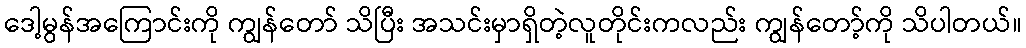
ဒေါ့မွန်အကြောင်းကို ကျွန်တော် သိပြီး အသင်းမှာရှိတဲ့လူတိုင်းကလည်း ကျွန်တော့်ကို သိပါတယ်။